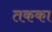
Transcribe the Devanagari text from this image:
तकका